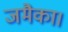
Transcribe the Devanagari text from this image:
जमैका।